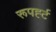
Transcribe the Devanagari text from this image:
रूपर्ह्ट